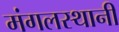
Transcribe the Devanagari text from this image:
मंगलस्थानी